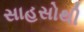
સાહસોથી